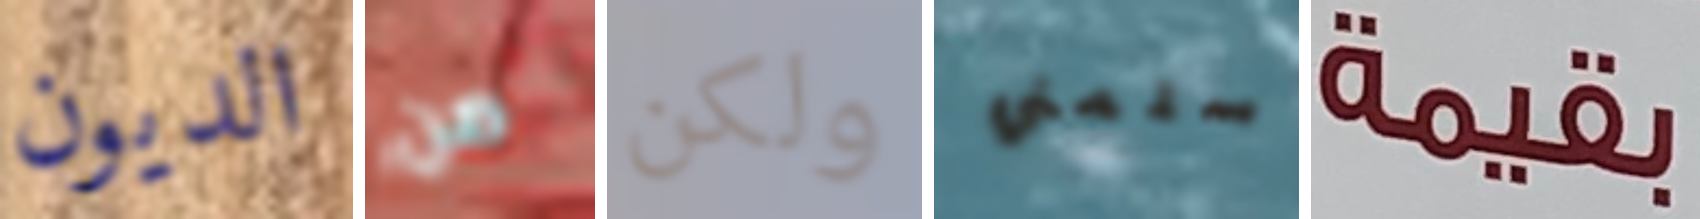
الديون من ولكن سلمني بقيمة